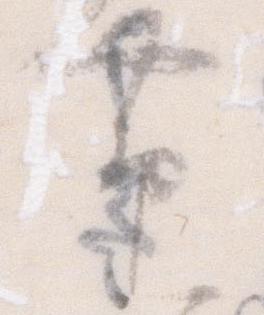
帯